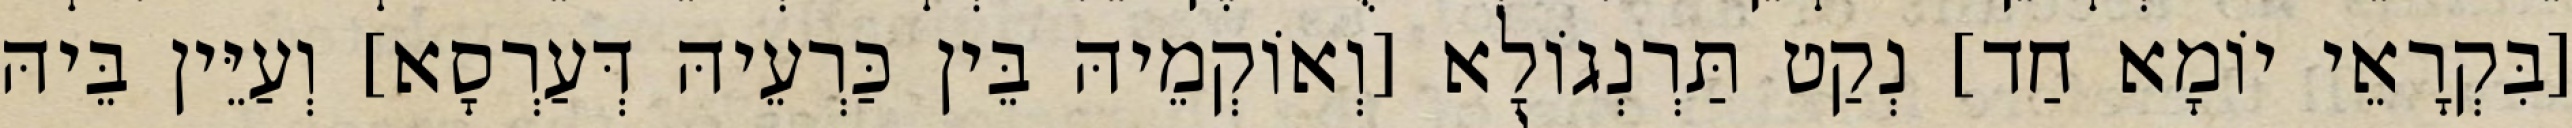
[בִּקְרָאֵי יוֹמָא חַד] נְקַט תַּרְנְגוֹלָא [וְאוֹקְמֵיהּ בֵּין כַּרְעֵיהּ דְּעַרְסָא] וְעַיֵּין בֵּיהּ